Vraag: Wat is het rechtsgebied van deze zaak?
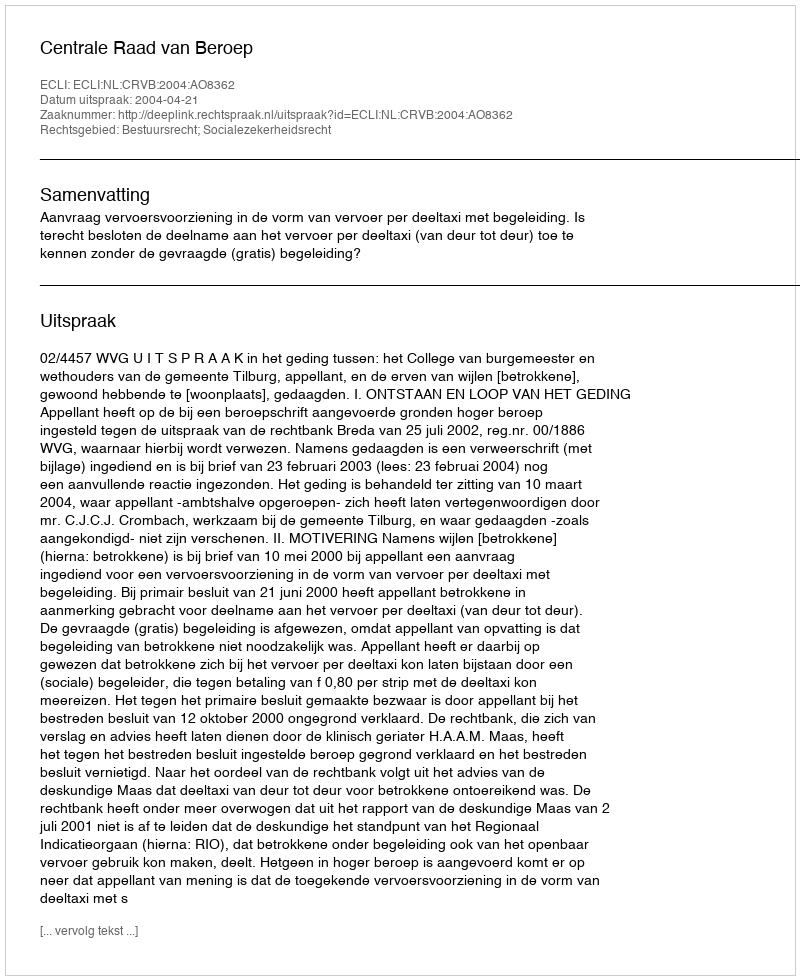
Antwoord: Bestuursrecht; Socialezekerheidsrecht